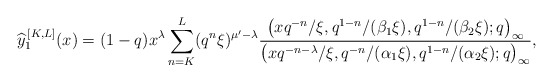
\begin{align*} \widehat{y}_1^{\,[K,L]}(x) = (1-q) x^{\lambda} \sum_{n=K}^{L} (q^n\xi )^{\mu' -\lambda} \frac{\big(x q^{-n} / \xi, q^{1-n} /( \beta_1 \xi ), q^{1-n} /( \beta_2 \xi ) ; q\big)_{\infty}}{\big(x q^{-n-\lambda} / \xi, q^{-n} / (\alpha_1 \xi),q^{1-n} / (\alpha_2 \xi) ; q\big)_{\infty}},\end{align*}